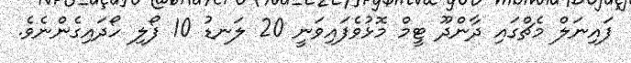
ފައިނަލް މެޗްގައި ދާންދޫ ޓީމް މޮޅުވެފައިވަނީ 20 ލަނޑު 10 ފޯލި ހޯދައިގެންނެވެ.